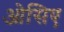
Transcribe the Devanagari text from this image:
ओसिए